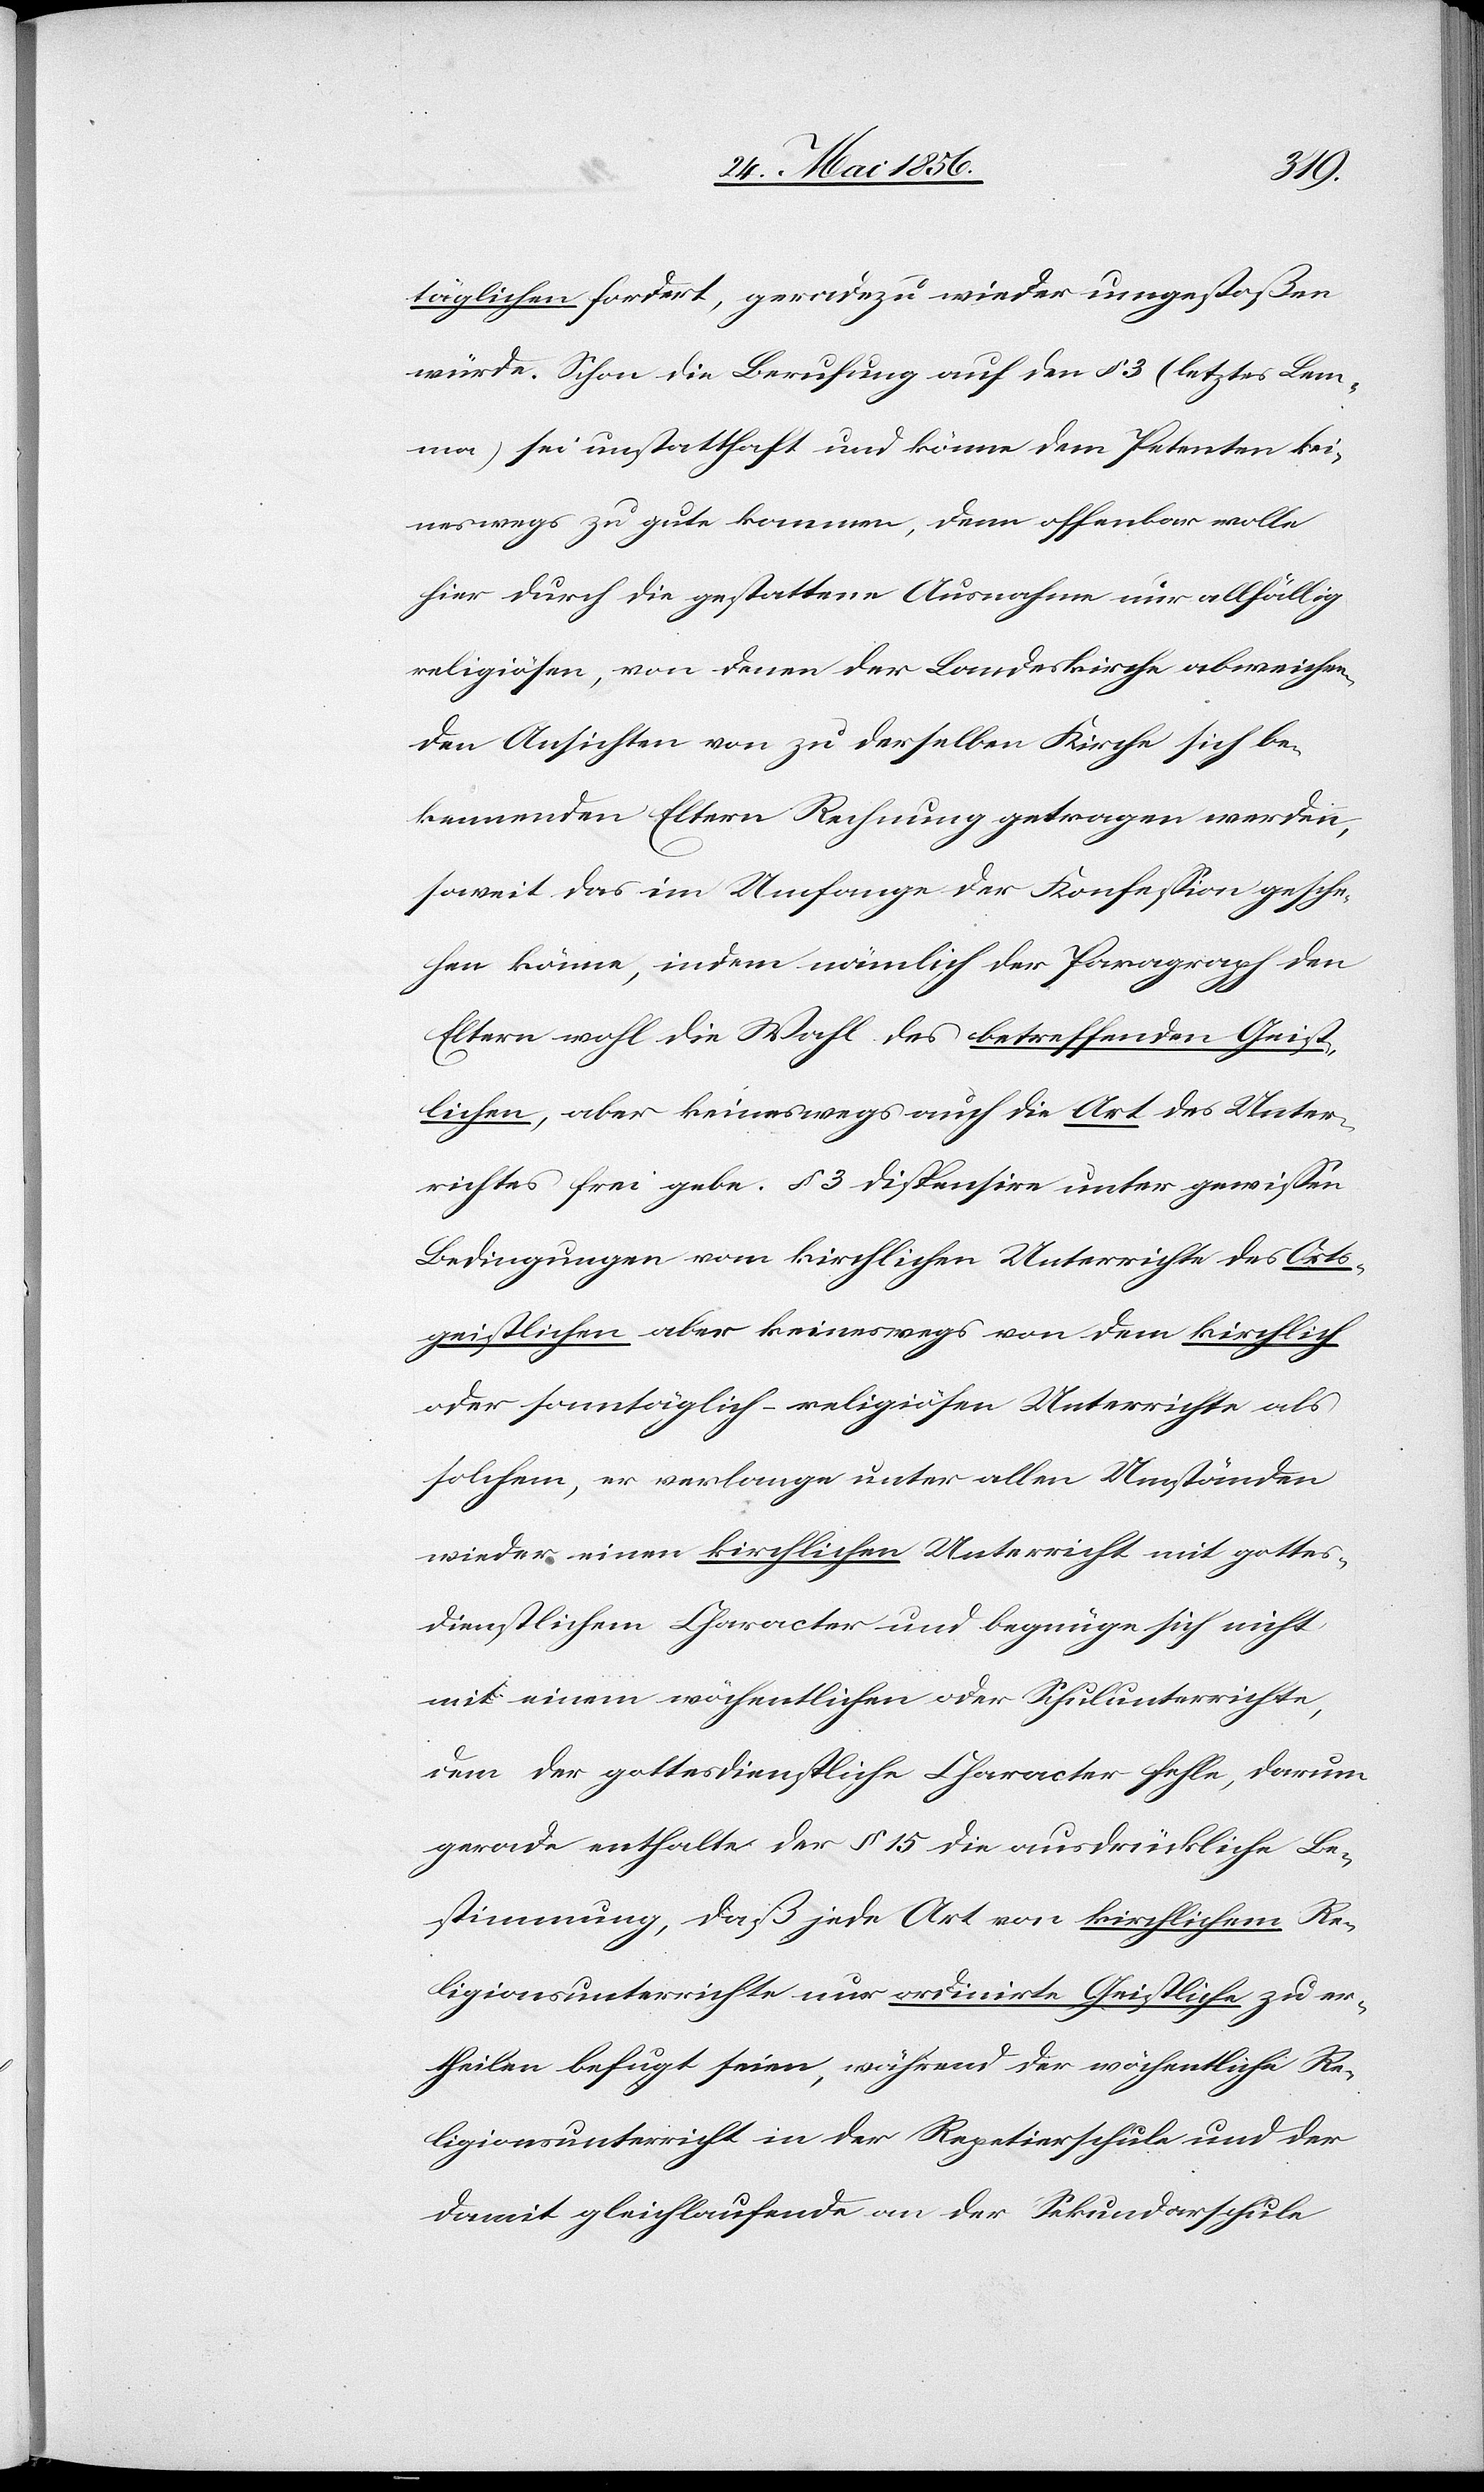
täglichen fordert, geradezu wieder umgestoßen
würde. Schon die Berufung auf den § 3 (letztes Lem¬
ma) sei unstatthaft und könne dem Petenten kei¬
neswegs zu gute kommen, denn offenbar wolle
hier durch die gestattene Ausnahme nur allfällig
religiösen, von denen der Landeskirche abweichen¬
den Ansichten von zu derselben Kirche sich be¬
kennenden Eltern Rechnung getragen werden,
soweit das im Umfange der Konfession gesche¬
hen könne, indem nämlich der Paragraph den
Eltern wohl die Wahl des betreffenden Geist¬
lichen, aber keineswegs auch die Art des Unter¬
richtes frei gebe. § 3 dispensire unter gewissen
Bedingungen vom kirchlichen Unterrichte des Orts¬
geistlichen aber keineswegs von dem kirchlich
oder sonntäglich-religiösen Unterrichte als
solchem, er verlange unter allen Umständen
wieder einen kirchlichen Unterricht mit gottes¬
dienstlichem Character und begnüge sich nicht
mit einem wöchentlichen oder Schulunterrichte,
dem der gottesdienstliche Character fehle, darum
gerade enthalte der § 15 die ausdrückliche Be¬
stimmung, daß jede Art von kirchlichem Re¬
ligionsunterrichte nur ordinirte Geistliche zu er¬
theilen befugt seien, während der wöchentliche Re¬
ligionsunterricht in der Repetierschule und der
damit gleichlaufende an der Sekundarschule